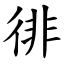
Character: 徘